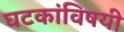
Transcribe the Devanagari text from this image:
घटकांविषयी